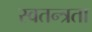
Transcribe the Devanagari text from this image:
स्‍वतन्त्रता